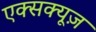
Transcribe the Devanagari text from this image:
एक्सक्यूज़